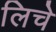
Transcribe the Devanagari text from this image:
लिचे